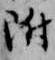
附